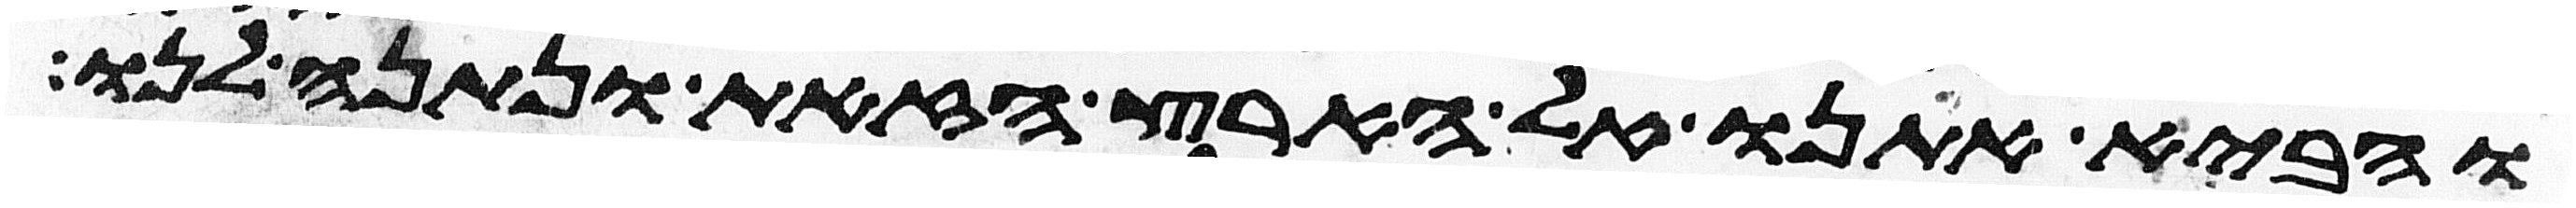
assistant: והביא אתנו אל הארץ הזאת ונתנה לנו